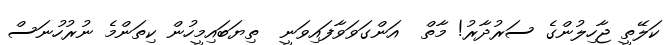
ކަލޭތީ ޖާހިލުންގެ ސަރުދާރު! މާތް  އަންގަވަވާފައިވަނީ  ތިޔަބައިމީހުން ކިތަންމެ ނުރުހުނަސް